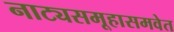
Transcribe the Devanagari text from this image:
नाट्यसमूहासमवेत